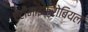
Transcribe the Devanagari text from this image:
ऐंटीमाइक्रोबियल